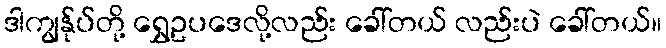
ဒါကျွန်ုပ်တို့ ရွှေဥပဒေလို့လည်း ခေါ်တယ် လည်းပဲ ခေါ်တယ်။